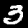
Label: 3